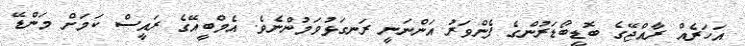
އަހަރެއް ރާއްޖޭގެ ބޮޑީބޯޑަރުންގެ ފެންވަރު އަންނަނީ ރަނގަޅުވަމުންނެވެ. އެމްބީއޭގެ ރައީސް ކަމަށް މަންޑޭ